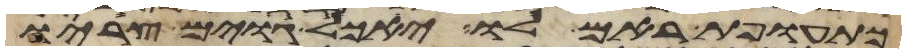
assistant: כתועפת ראם לו יאכל גוים צריו